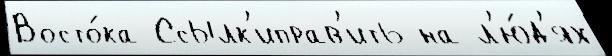
Восто́ка Ссылк'иправ'ить на л'ю́д'ях